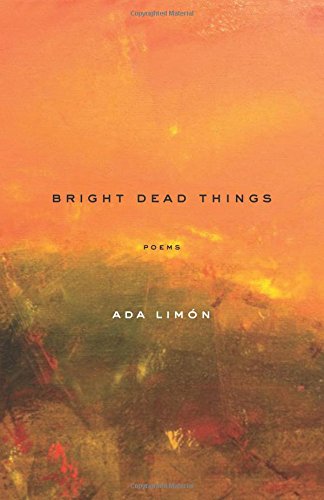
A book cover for Bright Dead Things: Poems; Ada LimÃ³n; Literature & Fiction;